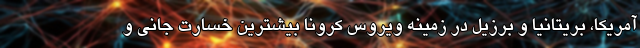
آمریکا، بریتانیا و برزیل در زمینه ویروس کرونا بیشترین خسارت جانی و